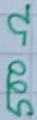
Text: 500Ω